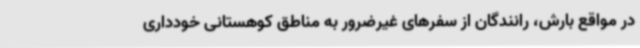
در مواقع بارش، رانندگان از سفرهای غیرضرور به مناطق کوهستانی خودداری